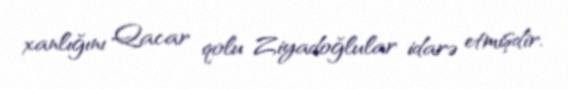
xanlığını Qacar qolu Ziyadoğlular idarə etmişdir.